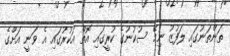
ތަންތަނުގައި ލަފުޒު ނިމޭ ސުކުނުގެ ކުރީގައި އޮތް އަކުރުގައި އެ ވަނީ އަށްގެ